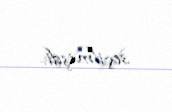
seçilmişdi.